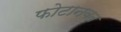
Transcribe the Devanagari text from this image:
फोटानवत